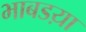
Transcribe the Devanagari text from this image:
भाबडय़ा